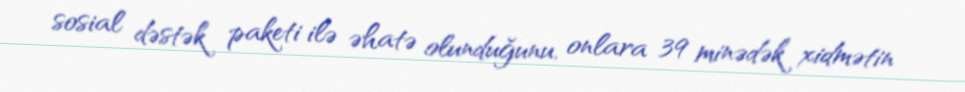
sosial dəstək paketi ilə əhatə olunduğunu, onlara 39 minədək xidmətin